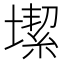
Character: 𡐤